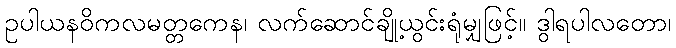
ဥပါယနဝိကလမတ္တကေန၊ လက်ဆောင်ချို့ယွင်းရုံမျှဖြင့်။ ဒွါရပါလတော၊